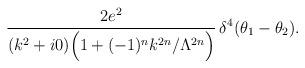
LaTeX: \begin{align*}\frac{2e^2}{(k^2+i0) \Big(1+(-1)^n k^{2n}/\Lambda^{2n}\Big)} \,\delta^4(\theta_1-\theta_2).\end{align*}